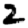
Digit: 2